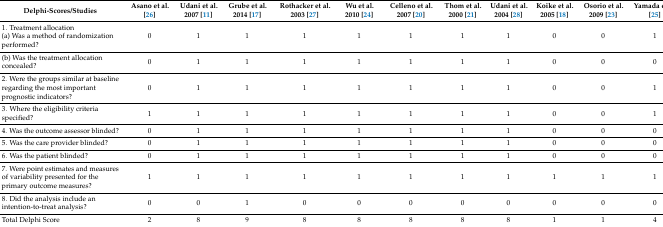
<table><thead><tr><td><b>Delphi-Scores/Studies</b></td><td><b>Asano et al. [26]</b></td><td><b>Udani et al. 2007 [11]</b></td><td><b>Grube et al. 2014 [17]</b></td><td><b>Rothacker et al. 2003 [27]</b></td><td><b>Wu et al. 2010 [24]</b></td><td><b>Celleno et al. 2007 [20]</b></td><td><b>Thom et al. 2000 [21]</b></td><td><b>Udani et al. 2004 [28]</b></td><td><b>Koike et al. 2005 [18]</b></td><td><b>Osorio et al. 2009 [23]</b></td><td><b>Yamada et al. [25]</b></td></tr></thead><tbody><tr><td>1. Treatment allocation(a) Was a method of randomization performed?</td><td>0</td><td>1</td><td>1</td><td>1</td><td>1</td><td>1</td><td>1</td><td>1</td><td>0</td><td>0</td><td>1</td></tr><tr><td>(b) Was the treatment allocation concealed?</td><td>0</td><td>1</td><td>1</td><td>1</td><td>1</td><td>1</td><td>1</td><td>1</td><td>0</td><td>0</td><td>0</td></tr><tr><td>2. Were the groups similar at baseline regarding the most important prognostic indicators?</td><td>0</td><td>1</td><td>1</td><td>1</td><td>1</td><td>1</td><td>1</td><td>1</td><td>0</td><td>0</td><td>1</td></tr><tr><td>3. Where the eligibility criteria specified?</td><td>1</td><td>1</td><td>1</td><td>1</td><td>1</td><td>1</td><td>1</td><td>1</td><td>0</td><td>0</td><td>1</td></tr><tr><td>4. Was the outcome assessor blinded?</td><td>0</td><td>1</td><td>1</td><td>1</td><td>1</td><td>1</td><td>1</td><td>1</td><td>0</td><td>0</td><td>0</td></tr><tr><td>5. Was the care provider blinded?</td><td>0</td><td>1</td><td>1</td><td>1</td><td>1</td><td>1</td><td>1</td><td>1</td><td>0</td><td>0</td><td>0</td></tr><tr><td>6. Was the patient blinded?</td><td>0</td><td>1</td><td>1</td><td>1</td><td>1</td><td>1</td><td>1</td><td>1</td><td>0</td><td>0</td><td>0</td></tr><tr><td>7. Were point estimates and measures of variability presented for the primary outcome measures?</td><td>1</td><td>1</td><td>1</td><td>1</td><td>1</td><td>1</td><td>1</td><td>1</td><td>1</td><td>1</td><td>1</td></tr><tr><td>8. Did the analysis include an intention-to-treat analysis?</td><td>0</td><td>0</td><td>1</td><td>0</td><td>0</td><td>0</td><td>0</td><td>0</td><td>0</td><td>0</td><td>0</td></tr><tr><td>Total Delphi Score</td><td>2</td><td>8</td><td>9</td><td>8</td><td>8</td><td>8</td><td>8</td><td>8</td><td>1</td><td>1</td><td>4</td></tr></tbody></table>